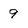
Character: 9